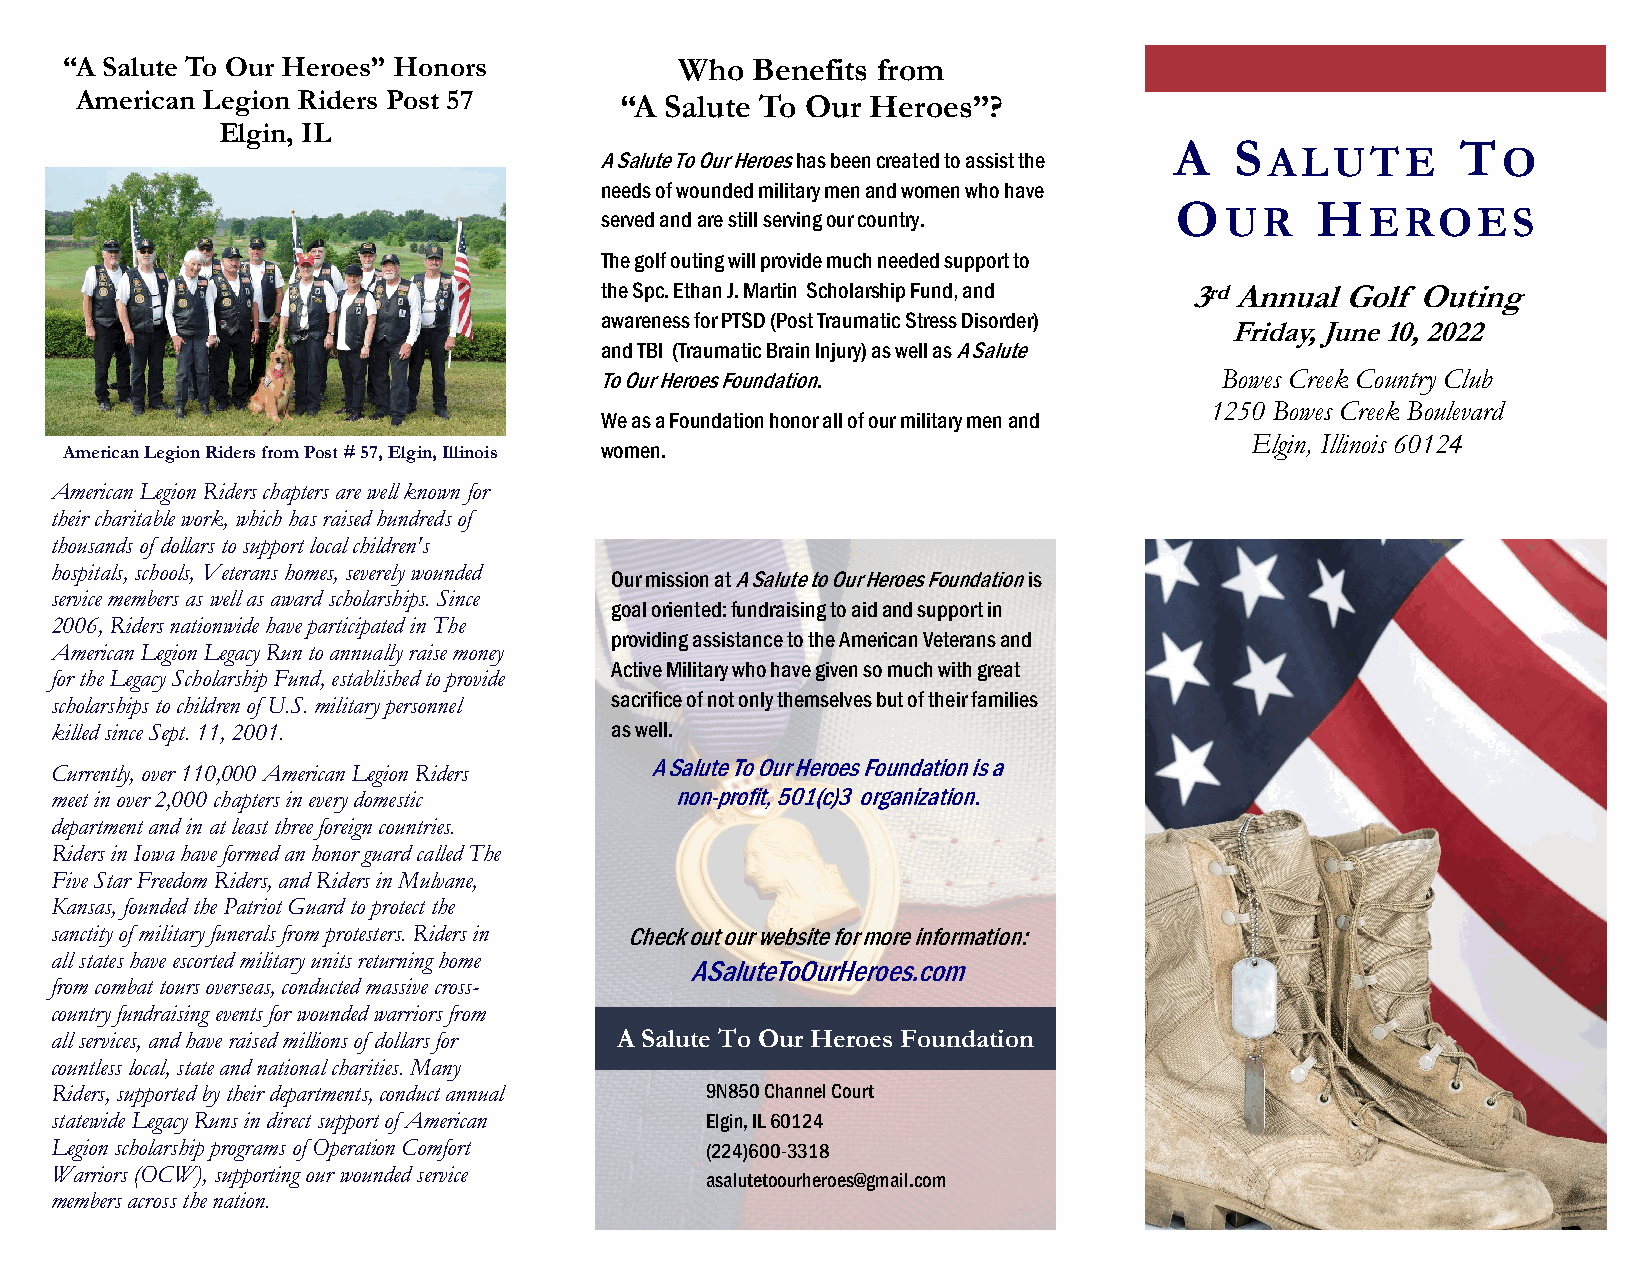
“A Salute To Our Heroes” Honors          Who  Benefits from
 American Legion Riders Post 57      “A Salute To Our Heroes”?
 Elgin, IL
 A   S              T
 A Salute To Our Heroes has been created to assist the ALUTE O
 needs of wounded military men and women who have
 O        H
 served and are still serving our country. UR       EROES
 The golf outing will provide much needed support to
 the Spc. Ethan J. Martin Scholarship Fund, and 3rd Annual Golf Outing
 awareness for PTSD (Post Traumatic Stress Disorder)
 Friday, June 10, 2022
 and TBI (Traumatic Brain Injury) as well as A Salute
 To Our Heroes Foundation.                Bowes Creek Country Club
 1250 Bowes Creek Boulevard
 We as a Foundation honor all of our military men and
 Elgin, Illinois 60124
 American Legion Riders from Post # 57, Elgin, Illinois women.
 American Legion Riders chapters are well known for
 their charitable work, which has raised hundreds of
 thousands of dollars to support local children's
 hospitals, schools, Veterans homes, severely wounded
 Our mission at A Salute to Our Heroes Foundation is
 service members as well as award scholarships. Since
 goal oriented: fundraising to aid and support in
 2006, Riders nationwide have participated in The
 providing assistance to the American Veterans and
 American Legion Legacy Run to annually raise money
 Active Military who have given so much with great
 for the Legacy Scholarship Fund, established to provide
 sacrifice of not only themselves but of their families
 scholarships to children of U.S. military personnel
 killed since Sept. 11, 2001.         as well.
 A Salute To Our Heroes Foundation is a
 Currently, over 110,000 American Legion Riders
 meet in over 2,000 chapters in every domestic non-profit, 501(c)3 organization.
 department and in at least three foreign countries.
 Riders in Iowa have formed an honor guard called The
 Five Star Freedom Riders, and Riders in Mulvane,
 Kansas, founded the Patriot Guard to protect the
 sanctity of military funerals from protesters. Riders in Check out our website for more information:
 all states have escorted military units returning home
 ASaluteToOurHeroes.com
 from combat tours overseas, conducted massive cross-
 country fundraising events for wounded warriors from
 all services, and have raised millions of dollars for A Salute To Our Heroes Foundation
 countless local, state and national charities. Many
 Riders, supported by their departments, conduct annual 9N850 Channel Court
 statewide Legacy Runs in direct support of American Elgin, IL 60124
 Legion scholarship programs of Operation Comfort (224)600-3318
 Warriors (OCW), supporting our wounded service
 asalutetoourheroes@gmail.com
 members across the nation.